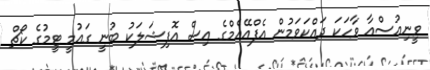
ވީނިއުސްއާ ވާހަކަ ދައްކަވަމުން އެފްއޭއެމްގެ އިސް އޮފިޝަލަކު ބުނީ ގައުމީ ޓީމުގެ ކޯޗް